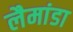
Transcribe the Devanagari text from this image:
लैमांडा